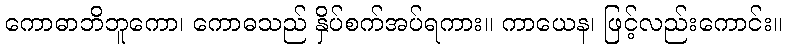
ကောဓာဘိဘူကော၊ ကောဓသည် နှိပ်စက်အပ်ရကား။ ကာယေန၊ ဖြင့်လည်းကောင်း။